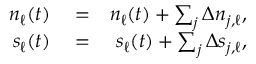
\begin{array} { r l r } { n _ { \ell } ( t ) } & { { } = } & { n _ { \ell } ( t ) + \sum _ { j } \Delta n _ { j , \ell } , } \\ { s _ { \ell } ( t ) } & { { } = } & { s _ { \ell } ( t ) + \sum _ { j } \Delta s _ { j , \ell } , } \end{array}